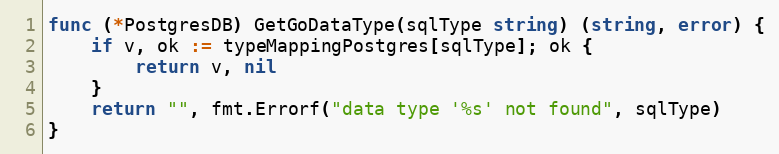
Language: Go
func (*PostgresDB) GetGoDataType(sqlType string) (string, error) {
	if v, ok := typeMappingPostgres[sqlType]; ok {
		return v, nil
	}
	return "", fmt.Errorf("data type '%s' not found", sqlType)
}